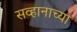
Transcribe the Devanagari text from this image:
सव्हानाच्या